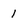
Character: 1